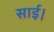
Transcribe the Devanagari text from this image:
साई।